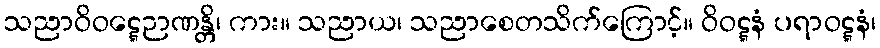
သညာဝိဝဋ္ဋေဉာဏန္တိ၊ ကား။ သညာယ၊ သညာစေတသိက်ကြောင့်။ ဝိဝဋ္ဋနံ ပရာဝဋ္ဋနံ၊